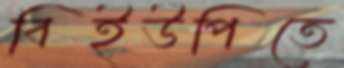
বিইউপিতে